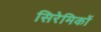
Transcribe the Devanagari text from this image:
सिरेमिकों